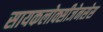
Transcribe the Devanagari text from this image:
सायकलोक्सीजेनसेस